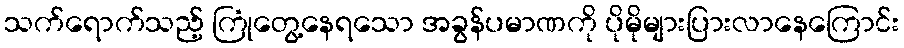
သက်ရောက်သည့် ကြုံတွေ့နေရသော အခွန်ပမာဏကို ပိုမိုများပြားလာနေကြောင်း